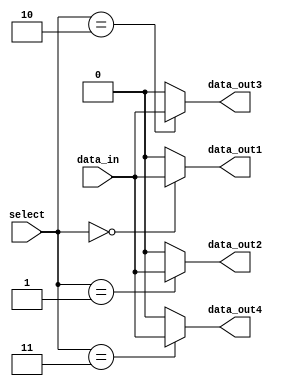
module demux_2to4(
    input [1:0] select,
    input data_in,
    output data_out1,
    output data_out2,
    output data_out3,
    output data_out4
);

assign data_out1 = (select == 2'b00) ? data_in : 1'b0;
assign data_out2 = (select == 2'b01) ? data_in : 1'b0;
assign data_out3 = (select == 2'b10) ? data_in : 1'b0;
assign data_out4 = (select == 2'b11) ? data_in : 1'b0;

endmodule